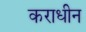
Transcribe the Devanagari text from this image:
कराधीन